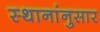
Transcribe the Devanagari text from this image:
स्थानांनुसार